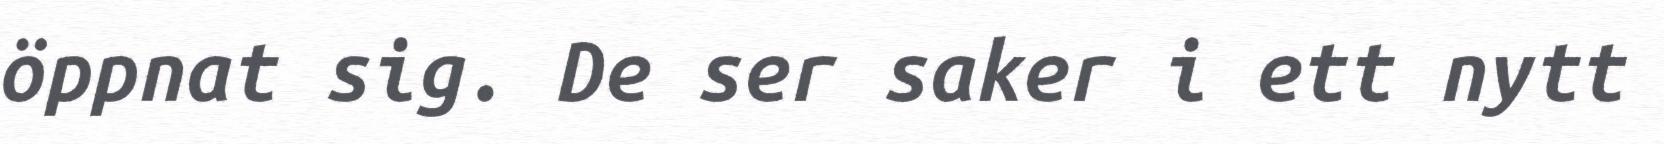
öppnat sig. De ser saker i ett nytt